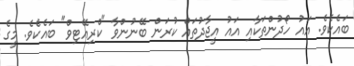
ބައެކެވެ. އައު ހޯދުންތަކާއި އައު އީޖާދުތައް ކުރަން ބޭނުންވާ "ކްރިއޭޓިވް" ބައެކެވެ. މީގެ